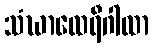
သံဃာထေရီဂါထာ